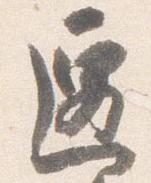
遷